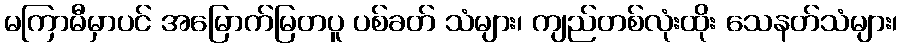
မကြာမီမှာပင် အမြောက်မြတပူ ပစ်ခတ် သံများ၊ ကျည်တစ်လုံးထိုး သေနတ်သံများ၊